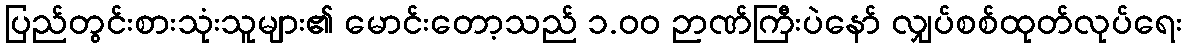
ပြည်တွင်းစားသုံးသူများ၏ မောင်းတော့သည် ၁.၀၀ ဉာဏ်ကြီးပဲနော် လျှပ်စစ်ထုတ်လုပ်ရေး